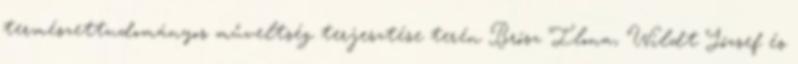
természettudományos műveltség terjesztése terén Brósz Ilona, Wildt József és